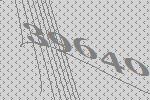
39640